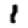
Digit: 1